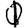
Digit: 1